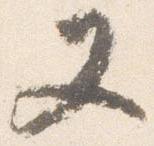
又